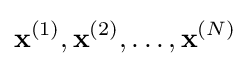
\mathbf {x} ^{(1)},\mathbf {x} ^{(2)},\ldots ,\mathbf {x} ^{(N)}